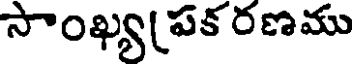
సాంఖ్య(పక రణము